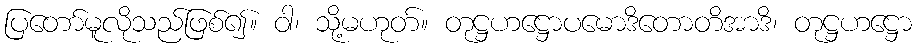
ပြတော်မူလိုသည်ဖြစ်၍။ ဝါ၊ သို့မဟုတ်။ တုဋ္ဌဟဋ္ဌောပမောဒိတောတိအာဒိ၊ တုဋ္ဌဟဋ္ဌော